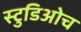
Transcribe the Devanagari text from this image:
स्टुडिओच